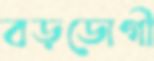
বড়ডোগী